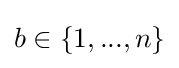
b\in \{1,...,n\}